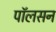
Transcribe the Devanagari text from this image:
पाॅलसन